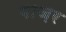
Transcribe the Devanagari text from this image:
गाज़र